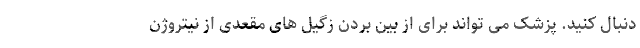
دنبال کنید. پزشک می تواند برای از بین بردن زگیل های مقعدی از نیتروژن